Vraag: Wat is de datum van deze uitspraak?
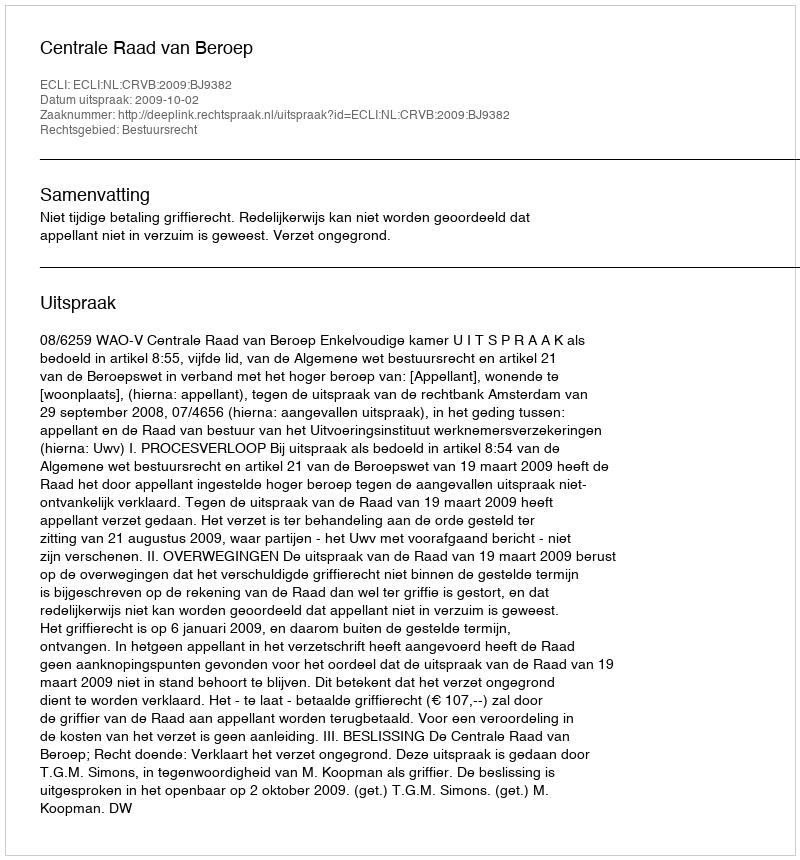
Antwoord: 2009-10-02